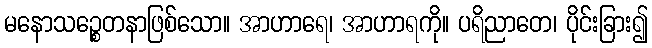
မနောသဉ္စေတနာဖြစ်သော။ အာဟာရေ၊ အာဟာရကို။ ပရိညာတေ၊ ပိုင်းခြား၍